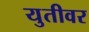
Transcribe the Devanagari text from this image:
युतीवर